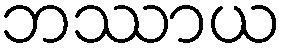
ဘဿာယ